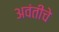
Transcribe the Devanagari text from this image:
अवंतीचे